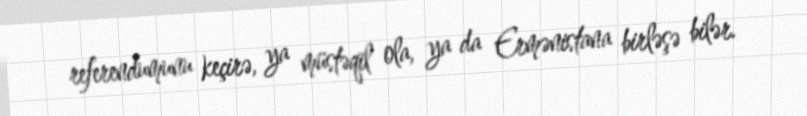
referendumunu keçirə, ya müstəqil ola, ya da Ermənistana birləşə bilər.